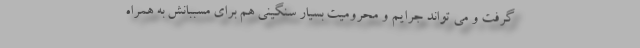
گرفت و می تواند جرایم و محرومیت بسیار سنگینی هم برای مسببانش به همراه